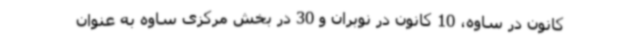
کانون در ساوه، 10 کانون در نوبران و 30 در بخش مرکزی ساوه به عنوان